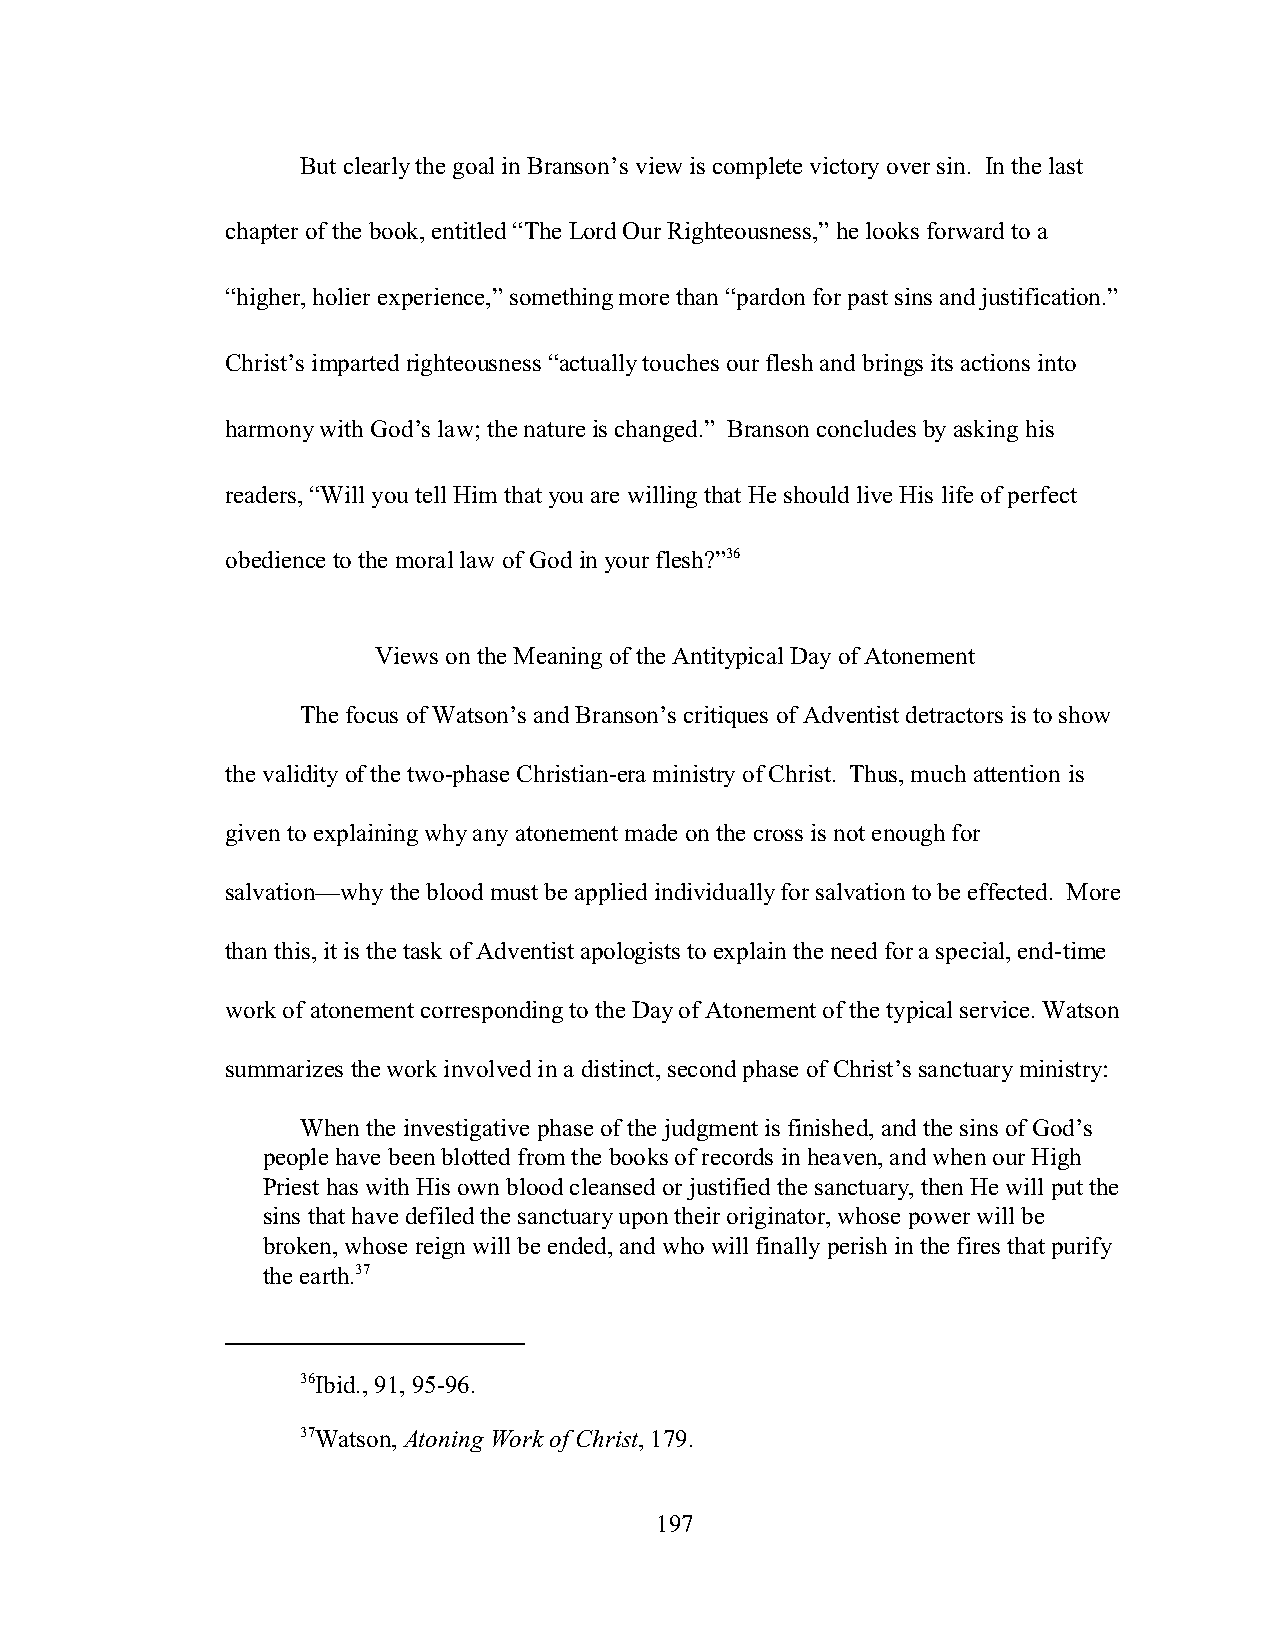
But clearly the goal in Branson’s view is complete victory over sin. In the last
 chapter of the book, entitled “The Lord Our Righteousness,” he looks forward to a
 “higher, holier experience,” something more than “pardon for past sins and justification.”
 Christ’s imparted righteousness “actually touches our flesh and brings its actions into
 harmony with God’s law; the nature is changed.” Branson concludes by asking his
 readers, “Will you tell Him that you are willing that He should live His life of perfect
 obedience to the moral law of God in your flesh?”36
 Views on the Meaning of the Antitypical Day of Atonement
 The focus of Watson’s and Branson’s critiques of Adventist detractors is to show
 the validity of the two-phase Christian-era ministry of Christ. Thus, much attention is
 given to explaining why any atonement made on the cross is not enough for
 salvation—why the blood must be applied individually for salvation to be effected. More
 than this, it is the task of Adventist apologists to explain the need for a special, end-time
 work of atonement corresponding to the Day of Atonement of the typical service. Watson
 summarizes the work involved in a distinct, second phase of Christ’s sanctuary ministry:
 When the investigative phase of the judgment is finished, and the sins of God’s
 people have been blotted from the books of records in heaven, and when our High
 Priest has with His own blood cleansed or justified the sanctuary, then He will put the
 sins that have defiled the sanctuary upon their originator, whose power will be
 broken, whose reign will be ended, and who will finally perish in the fires that purify
 the earth.37
 36Ibid., 91, 95-96.
 37Watson, Atoning Work of Christ, 179.
 197